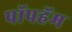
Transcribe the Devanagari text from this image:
पॉपहॅम